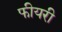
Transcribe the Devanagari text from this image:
फीयरी